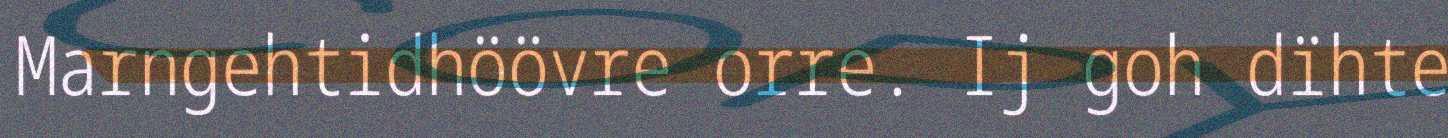
Marngehtidhöövre orre. Ij goh dïhte